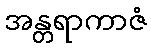
အန္တရာကာဇံ